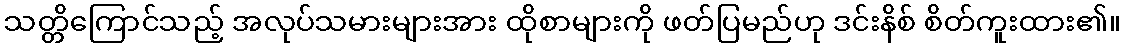
သတ္တိကြောင်သည့် အလုပ်သမားများအား ထိုစာများကို ဖတ်ပြမည်ဟု ဒင်းနိစ် စိတ်ကူးထား၏။